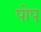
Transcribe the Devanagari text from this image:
पोप्